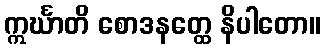
ဣင်္ဃာတိ စောဒနတ္ထေ နိပါတော။